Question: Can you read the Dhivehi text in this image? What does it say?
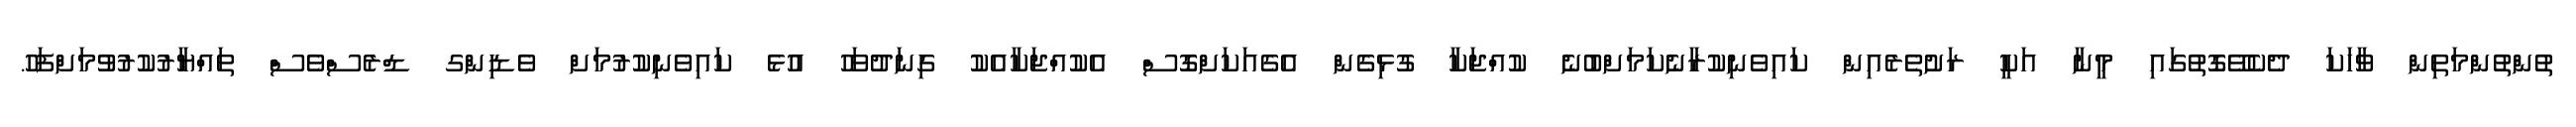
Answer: ތުންތުންމަތިން ވާހަކަ ދެކެވޭގޮތުގައި މީނާ އަކީ ރަށުތެރެއިން ކައިވެނިކުރާނެކަމަށްބުނެ ކުއްޖަކާ ގުޅިގެން އެގެއަކަށްގޮސް އެކުއްޖަކާއެކު ގިނަދުވަހު އުޅެ ކައިވެނިކުރުމަށް ވެޑިންގ ޑްރެސްވެސް ތައްޔާރުކުރުވުމަށްފަހު.